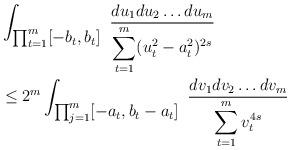
LaTeX: \begin{align*} &\int_{\textstyle\prod_{t=1}^m [-b_t,b_t]}\ \frac {du_1du_2\ldots du_m}{\displaystyle\sum_{t=1}^m(u_t^2-a_t^2)^{2s}}\hskip2cm\\&\le2^m\int_{\textstyle\prod_{j=1}^m[-a_t,b_t-a_t]}\ \frac {dv_1dv_2\ldots dv_m}{\displaystyle\sum_{t=1}^mv_t^{4s}}\hskip2cm\\\end{align*}